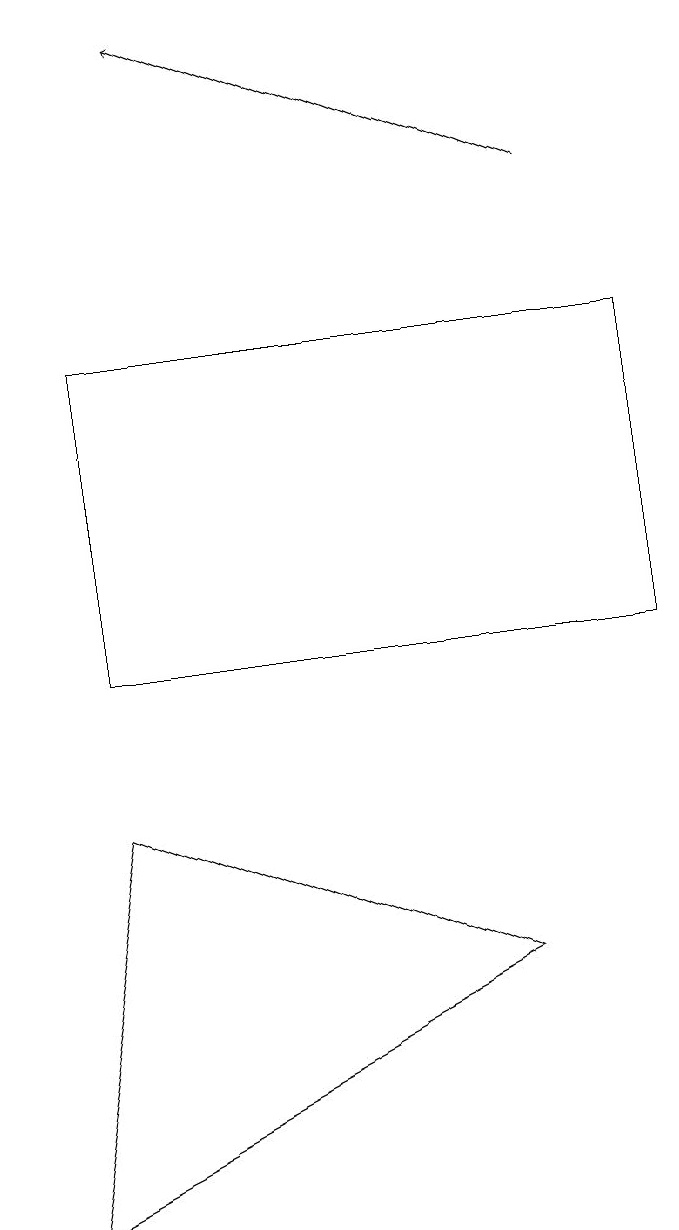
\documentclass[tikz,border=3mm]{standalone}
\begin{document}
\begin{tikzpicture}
\draw (0,3) -- (6,6) -- (1,8) -- cycle;
\draw (8,14) rectangle (1,10);
\draw[->] (7,16) -- (2,18);
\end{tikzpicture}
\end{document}